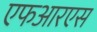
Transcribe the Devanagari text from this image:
एफआरएस